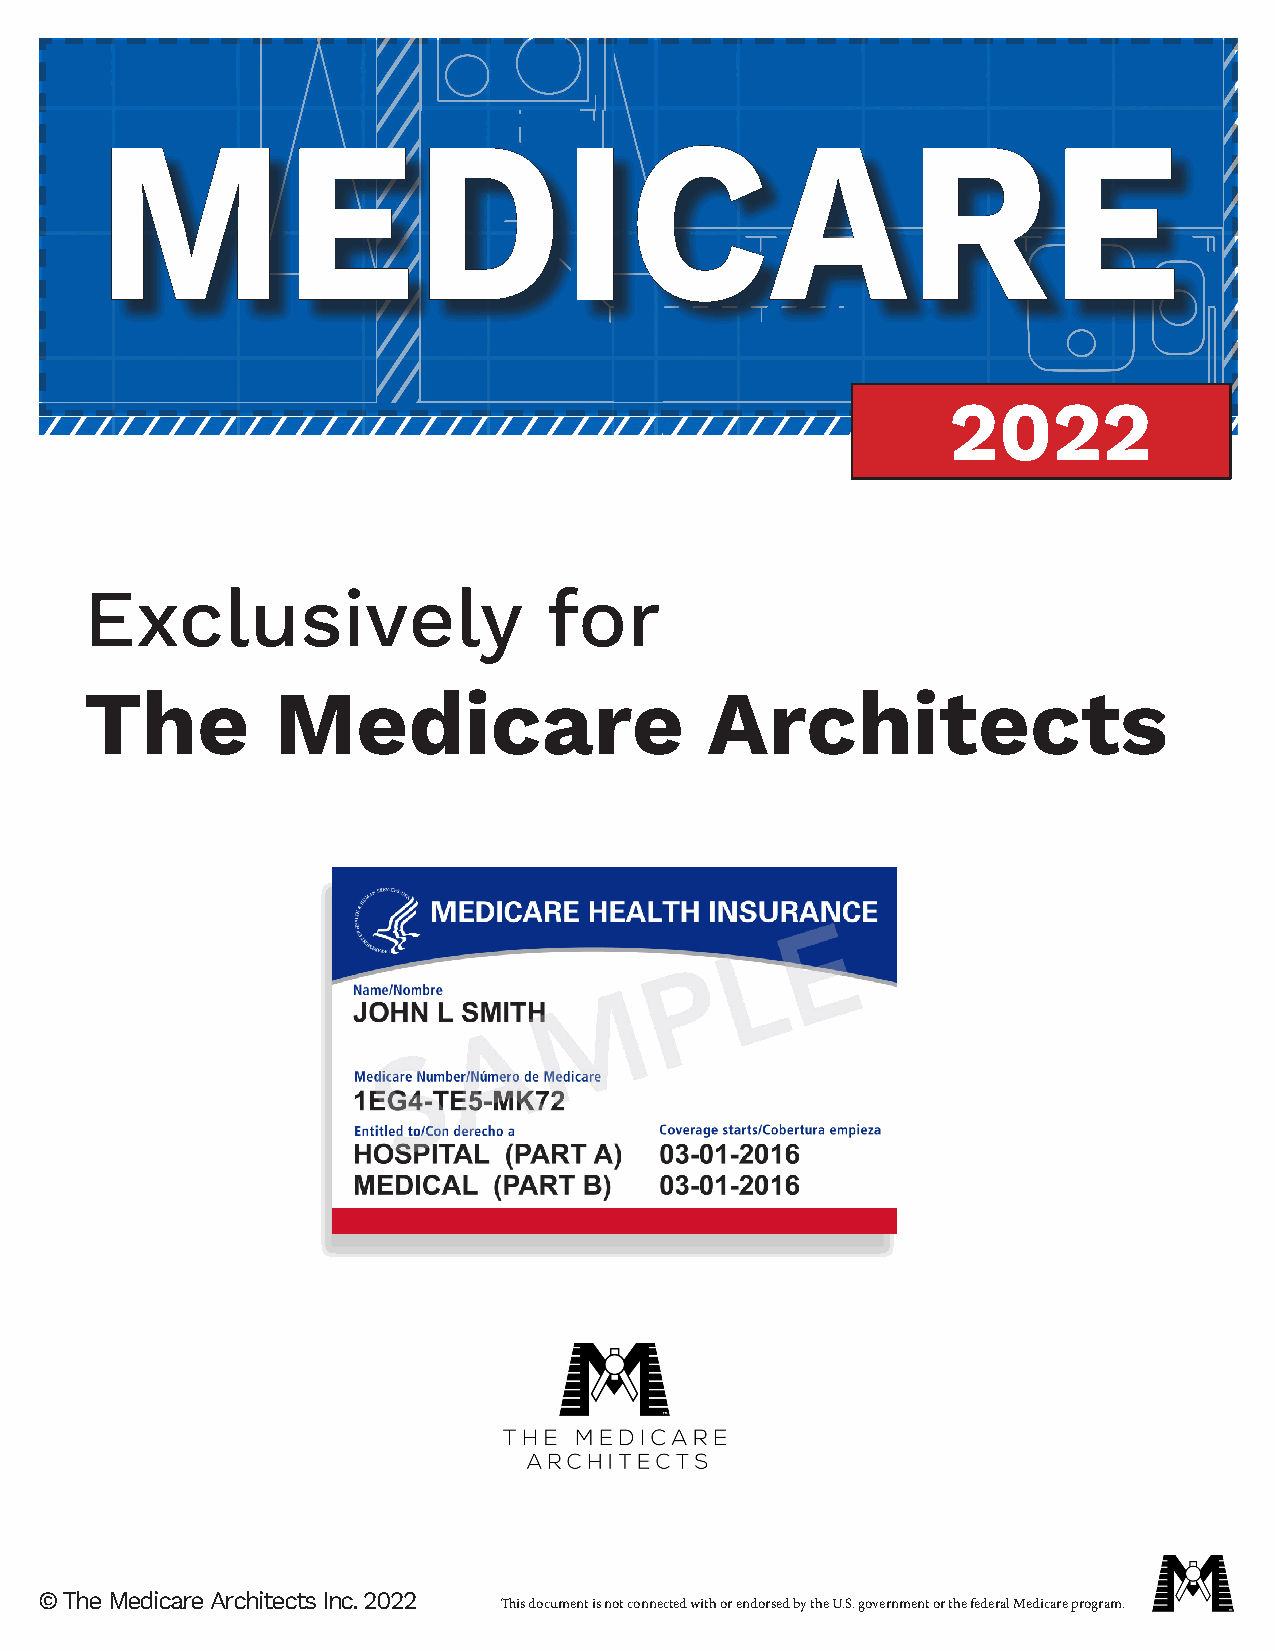
MMEEDDIICCAARREE
 2022
 Exclusively                   for
 The         Medicare                     Architects
 © The Medicare Architects Inc. 2022
 This document is not connected with or endorsed by the U.S. government or the federal Medicare program.